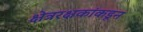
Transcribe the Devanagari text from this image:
क्षेत्ररक्षकांकडून